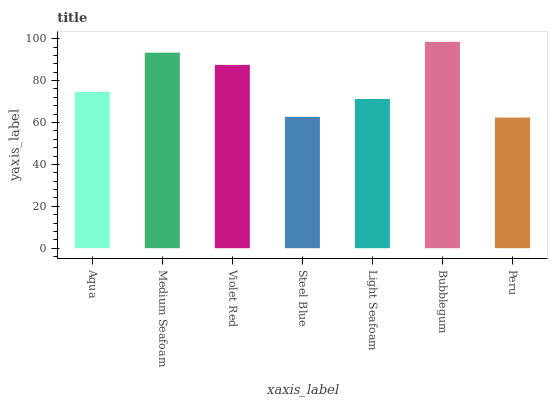
| xaxis_label | bars |
 | --- | --- |
 | Aqua | 74.6 |
 | Medium Seafoam | 93.3 |
 | Violet Red | 87.5 |
 | Steel Blue | 62.7 |
 | Light Seafoam | 71.2 |
 | Bubblegum | 98.5 |
 | Peru | 62.4 |